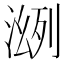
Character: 𣸠